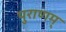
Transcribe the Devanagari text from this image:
पुराणम्‌